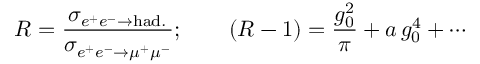
R = { \frac { \sigma _ { e ^ { + } e ^ { - } \to \mathrm { h a d . } } } { \sigma _ { e ^ { + } e ^ { - } \to \mu ^ { + } \mu ^ { - } } } } ; \qquad ( R - 1 ) = { \frac { g _ { 0 } ^ { 2 } } { \pi } } + a \, g _ { 0 } ^ { 4 } + \cdots